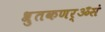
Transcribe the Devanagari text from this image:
श्रुतकणर्ॐसं